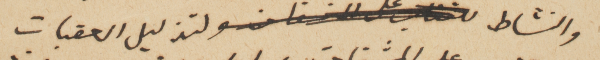
والنشاط لتذليل العقبات